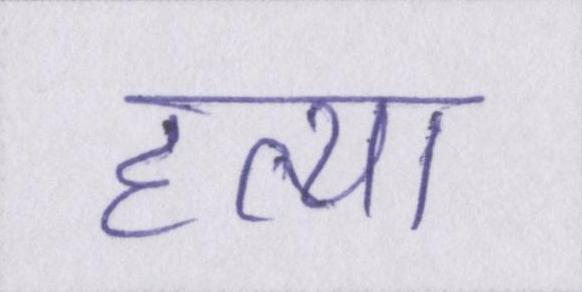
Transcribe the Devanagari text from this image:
हत्या